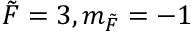
\Tilde { F } = 3 , m _ { \Tilde { F } } = - 1